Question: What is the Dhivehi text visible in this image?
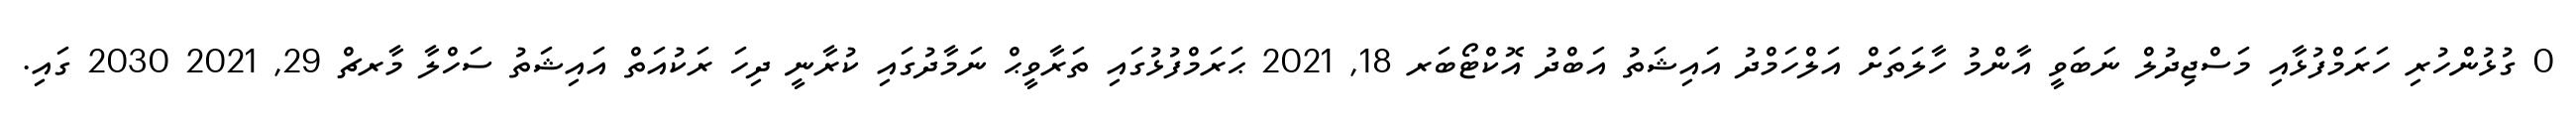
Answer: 0 ގުޅުންހުރި ހަރަމްފުޅާއި މަސްޖިދުލް ނަބަވީ އާންމު ހާލަތަށް އަލްހަމްދު އައިޝަތު އަބްދު އޮކްޓޯބަރ 18, 2021 ޙަރަމްފުޅުގައި ތަރާވީޙް ނަމާދުގައި ކުރާނީ ދިހަ ރަކުއަތް އައިޝަތު ސަހްލާ މާރޗް 29, 2021 2030 ގައި.